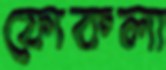
ফোকলা